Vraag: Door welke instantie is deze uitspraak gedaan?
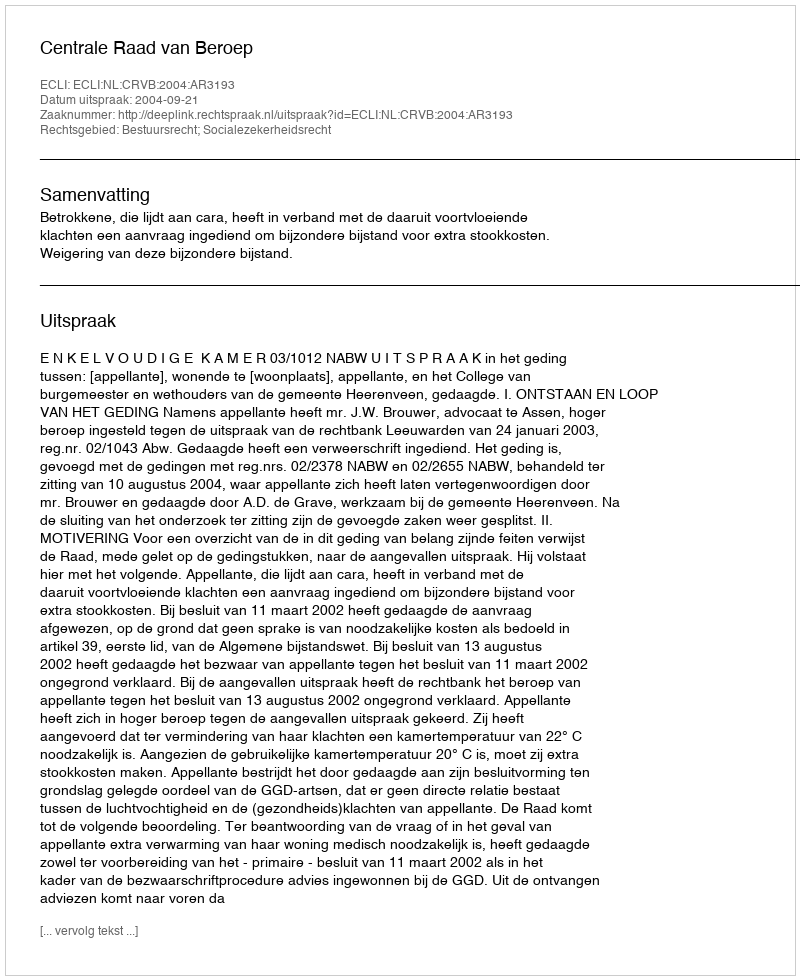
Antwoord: Centrale Raad van Beroep